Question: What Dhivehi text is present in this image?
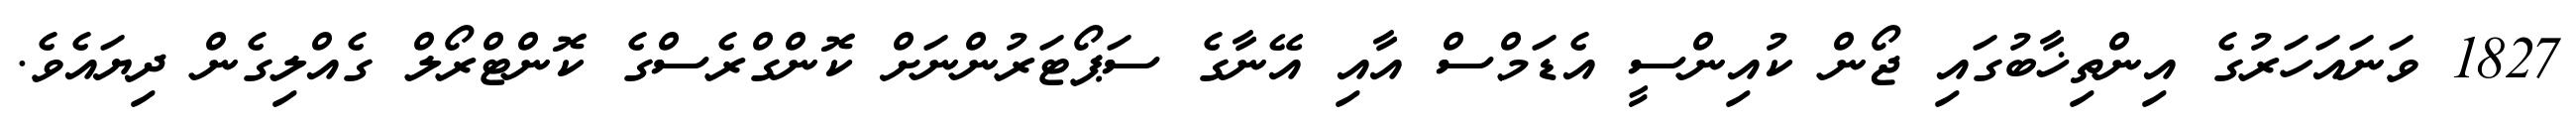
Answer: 1827 ވަނައަހަރުގެ އިންތިޚާބުގައި ޖޯން ކުއިންސީ އެޑަމްސް އާއި އޭނާގެ ސަޕޯޓަރުންނަށް ކޮންގްރެސްގެ ކޮންޓްރޯލް ގެއްލިގެން ދިޔައެވެ.